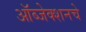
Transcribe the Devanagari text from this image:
ऑब्जेक्शनचे